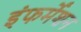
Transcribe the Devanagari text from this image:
इंफर्मेशन